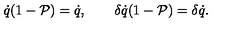
\dot { q } ( 1 - \mathcal { P } ) = \dot { q } , \qquad \delta \dot { q } ( 1 - \mathcal { P } ) = \delta \dot { q } .